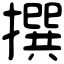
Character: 撰